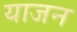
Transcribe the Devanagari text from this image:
याजन